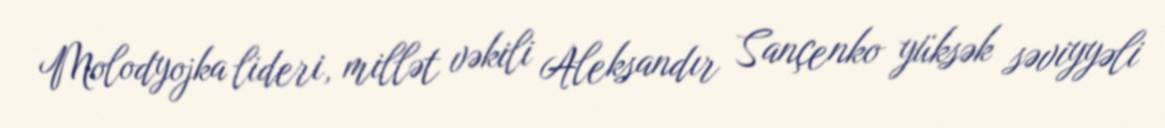
Molodyojka lideri, millət vəkili Aleksandır Sançenko yüksək səviyyəli